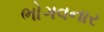
ભોગવનાર